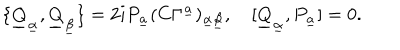
LaTeX: \{ \underline { { Q } } _ { \underline { { \alpha } } } , \underline { { Q } } _ { \underline { { \beta } } } \} = 2 i P _ { \underline { { a } } } ( C \Gamma ^ { \underline { { a } } } ) _ { \underline { { \alpha } } \underline { { \beta } } } , \quad [ \underline { { Q } } _ { \underline { { \alpha } } } , P _ { \underline { { a } } } ] = 0 .